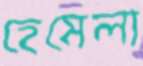
হেমেলা